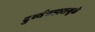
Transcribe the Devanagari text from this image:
दुर्व्यवहारामुळे